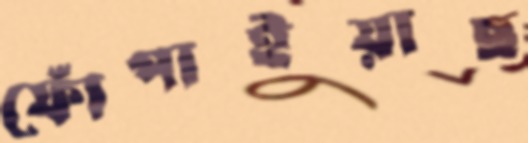
ফোঁপাইয়াছ